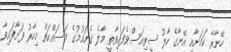
ހޭނާރާ ކަމަށާއި އޭނާގެ ހާލު ސީރިއަސްވެފައިވާތީ މާލެ ގެނައުމުގެ މަސައްކަތް މިހާރު ފަށާފައިވާ